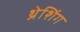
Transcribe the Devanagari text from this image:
थ्रेशिंग